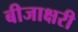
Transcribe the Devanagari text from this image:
बीजाक्षरी